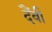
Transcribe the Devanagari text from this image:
दैंवी